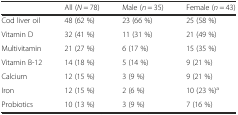
|  | All (N = 78) | Male (n = 35) | Female (n = 43) |
 | --- | --- | --- | --- |
 | Cod liver oil | 48 (62 %) | 23 (66 %) | 25 (58 %) |
 | Vitamin D | 32 (41 %) | 11 (31 %) | 21 (49 %) |
 | Multivitamin | 21 (27 %) | 6 (17 %) | 15 (35 %) |
 | Vitamin B-12 | 14 (18 %) | 5 (14 %) | 9 (21 %) |
 | Calcium | 12 (15 %) | 3 (9 %) | 9 (21 %) |
 | Iron | 12 (15 %) | 2 (6 %) | 10 (23 %)a |
 | Probiotics | 10 (13 %) | 3 (9 %) | 7 (16 %) |